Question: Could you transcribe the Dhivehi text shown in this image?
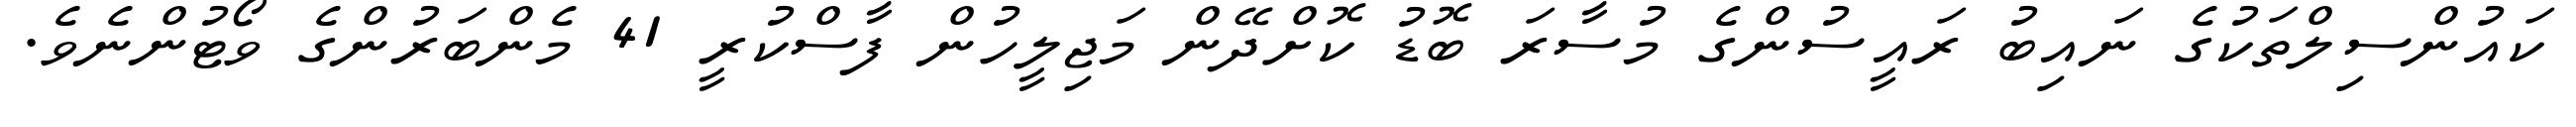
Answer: ކައުންސިލްތަކުގެ ނައިބު ރައީސުންގެ މުސާރަ ބޮޑު ކޮށްދޭން މަޖިލީހުން ފާސްކުރީ 41 މެންބަރުންގެ ވޯޓުންނެވެ.